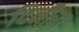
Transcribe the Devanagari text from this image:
दिनौरा